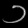
Digit: ၁